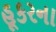
હૂકરના